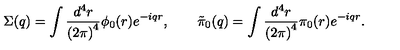
\Sigma ( q ) = \int \frac { d ^ { 4 } r } { \left( 2 \pi \right) ^ { 4 } } \phi _ { 0 } ( r ) e ^ { - i q r } , \qquad \tilde { \pi } _ { 0 } ( q ) = \int \frac { d ^ { 4 } r } { \left( 2 \pi \right) ^ { 4 } } \pi _ { 0 } ( r ) e ^ { - i q r } .